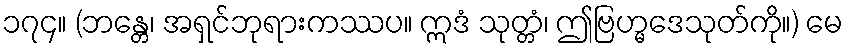
၁၇၄။ (ဘန္တေ၊ အရှင်ဘုရားကဿပ။ ဣဒံ သုတ္တံ၊ ဤဗြဟ္မဒေသုတ်ကို။) မေ